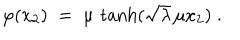
\varphi ( x _ { 2 } ) \; = \; \mu \, \tanh ( \sqrt { \lambda } \, \mu x _ { 2 } ) \; .